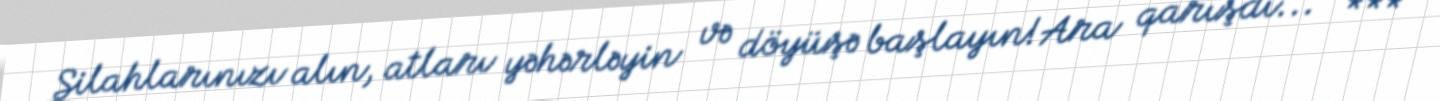
Silahlarınızı alın, atları yəhərləyin və döyüşə başlayın!Ara qarışdı..." ***